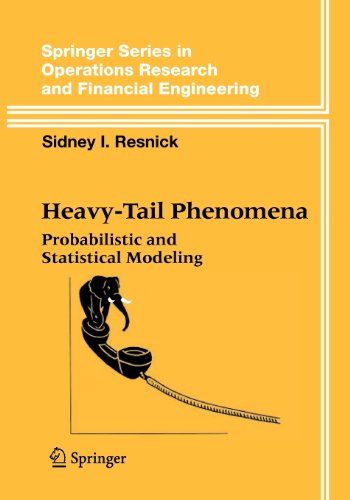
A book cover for Heavy-Tail Phenomena (Springer Series in Chemical Physics); Sidney I. Resnick; Science & Math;